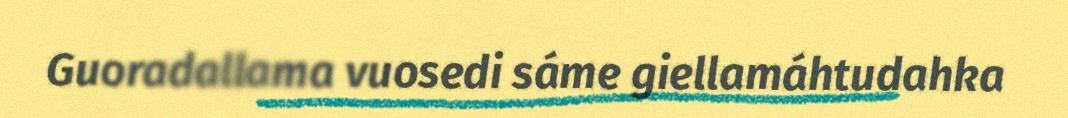
Guoradallama vuosedi sáme giellamáhtudahka